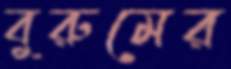
বুরুমের